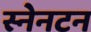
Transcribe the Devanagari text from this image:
स्नेनटन